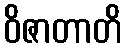
ဝိဇာတာတိ